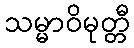
သမ္မာဝိမုတ္တီ